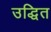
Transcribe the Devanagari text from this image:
उद्धित